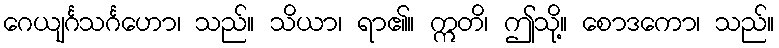
ဂေယျင်္ဂသင်္ဂဟော၊ သည်။ သိယာ၊ ရာ၏။ ဣတိ၊ ဤသို့။ စောဒကော၊ သည်။